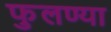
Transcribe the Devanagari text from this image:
फुलण्या